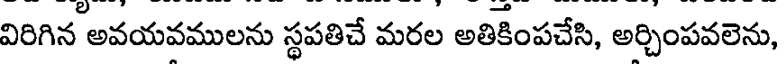
విరిగిన అవయవములను స్థపతిచే మరల అతికింపచేసి, అర్చింపవలెను,